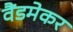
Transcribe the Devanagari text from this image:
वैंडमेकर